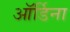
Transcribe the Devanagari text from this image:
ऑर्डिना